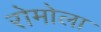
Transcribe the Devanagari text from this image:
रोमोला